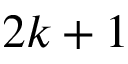
2 k + 1